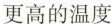
更高的温度